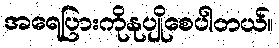
အရေပြားကိုနုပျိုစေပါတယ်။